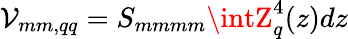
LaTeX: \mathcal{V}_{mm,qq}=S_{mmmm}\intZ_{q}^{4}(z)dz